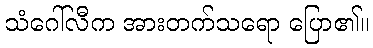
သံဂေါ်လီက အားတက်သရော ပြော၏။